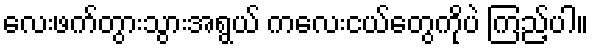
လေးဖက်တွားသွားအရွယ် ကလေးငယ်တွေကိုပဲ ကြည့်ပါ။